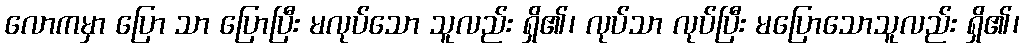
လောကမှာ ပြော သာ ပြောပြီး မလုပ်သော သူလည်း ရှိ၏၊ လုပ်သာ လုပ်ပြီး မပြောသောသူလည်း ရှိ၏၊